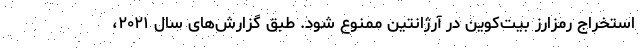
استخراج رمزارز بیت‌کوین در آرژانتین ممنوع شود. طبق گزارش‌های سال ۲۰۲۱،